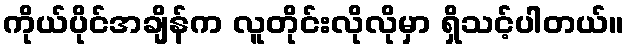
ကိုယ်ပိုင်အချိန်က လူတိုင်းလိုလိုမှာ ရှိသင့်ပါတယ်။